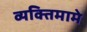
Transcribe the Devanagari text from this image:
व्यक्तिमामे